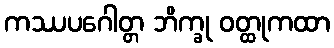
ကဿပဂေါတ္တ ဘိက္ခု ဝတ္ထုကထာ